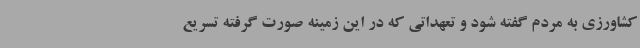
کشاورزی به مردم گفته شود و تعهداتی که در این زمینه صورت گرفته تسریع